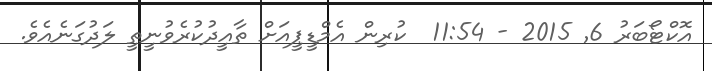
އޮކްޓޯބަރު 6